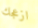
ازعجك